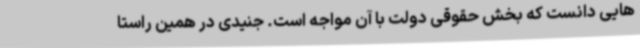
هایی دانست که بخش حقوقی دولت با آن مواجه است. جنیدی در همین راستا